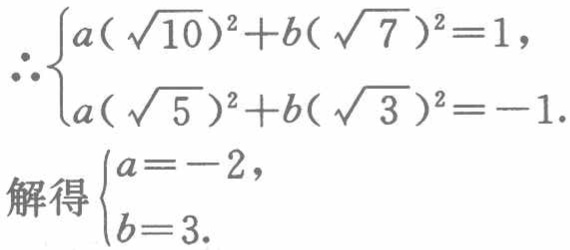
\[\therefore
\begin{cases}
a(\sqrt{10})^{2}+b(\sqrt{7})^{2}=1,\\
a(\sqrt{5})^{2}+b(\sqrt{3})^{2}=-1
\end{cases}
\]
\[解得
\begin{cases}
a = - 2,\\
b = 3.
\end{cases}\]